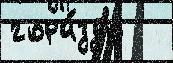
гора́здо